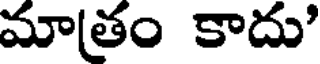
మాతం కాదు'